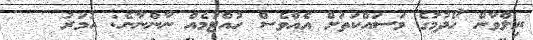
ރިލްވާން ހޯދުމުގެ މަސައްކަތަށް އެއްވެސް ހުއްޓުމެއް ނާންނާނެ: އުމަރު